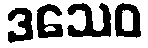
ဒသေဝ